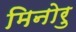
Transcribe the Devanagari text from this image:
मिनोरु